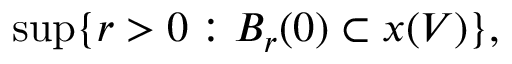
\operatorname* { s u p } \{ r > 0 : B _ { r } ( 0 ) \subset x ( V ) \} ,